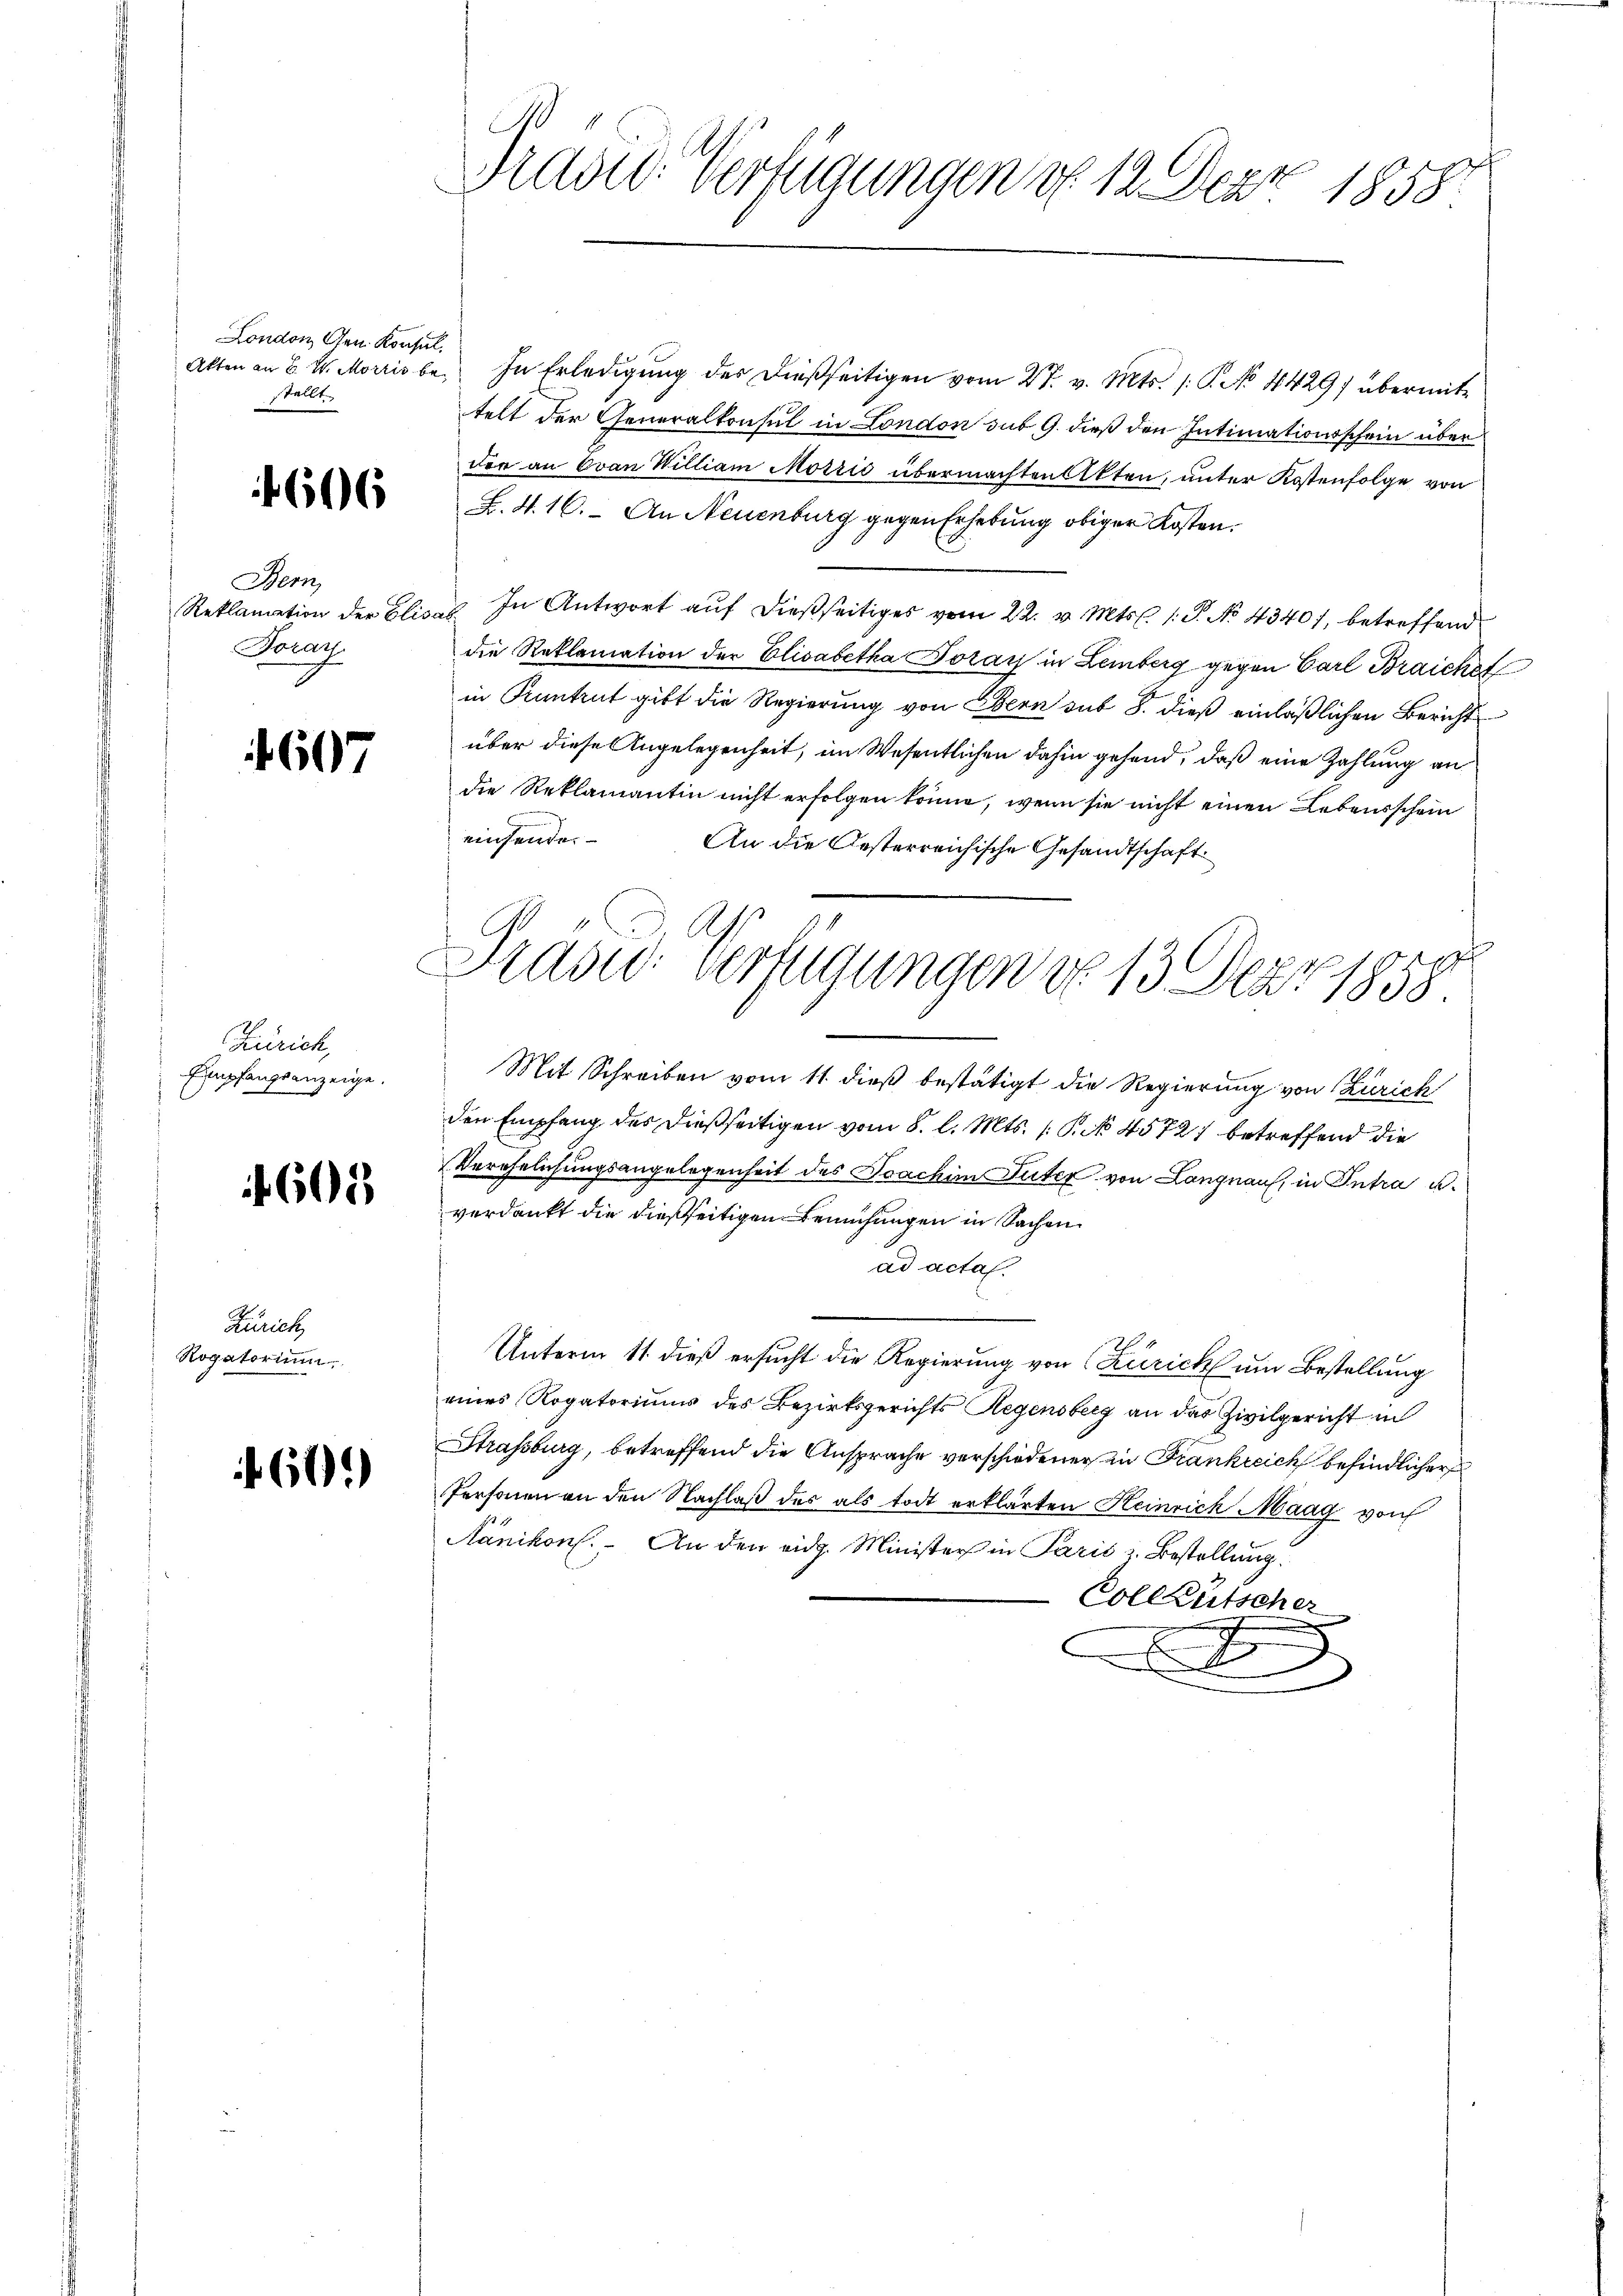
London, Gen. Konsul
stellt.

4606

Bern,
Reklamation der Elisat
Foray.

697

Zürich,
Empfangsanzeige.

4601.

Zürich
Rogatorium

60.)

Prades Verfügungen v. 12. Dez. 1858.

Akten an C. W. Morris be- In Erledigŭng der dießseitigen vom 27. v. Mts. 1. P. No 4429) übermittelt der Generalkonsul in London sub. 9. dieß den Intimationsschein über
der an Ovan William Morrić übermachten Akten, unter Kostenfolge von
B. N. 16. An Neuenburg gegen Erhebung obiger Kosten.
In Antwort auf dießseitiges vom 22. v. Mts. 1. P. No 4340), betreffend
die Reklamation der Elisabetha Jozay in Lemberg gegen Carl Braiche
in Kantrut gibt die Regierung von Ebern sub 8. dieß einläßlichen Bericht
über diese Angelegenheit, im Wesentlichen dahin gefand, daß eine Zahlung an
die Reklamantin nicht erfolgen könne, wenn sie nicht einen Lebensschein
einsende.
An die Oesterreichische Gesandtschaft
Mit Schreiben vom 11. dieß bestätigt die Regierung von Zürich
den Empfang des dießseitigen vom 8. l. Mts. (: P. No 4572 betreffend die
Verehelichungsangelegenheit des Joachini Suter von Langnau, in Intra u.
verdankt die dießseitigen Bemühungen in Sachen.
ad acta
.
Unterm 11 dieß ersucht die Regierung von Zürich um Bestellung
eines Rogatoriums des Bezirksgerichts Regensberg an das Zivilgericht in
Strassburg, betreffend die Ansprache verschiedener in Frankreich befindlicher
Personen an den Nachlaß des als todt erklärten Heinrich Maag von
Nänikon. An den eidg. Minister in Paris u. Bestellung
Vollkutscher
A

Prasw. Vertigungen No. 13. Der 1858.